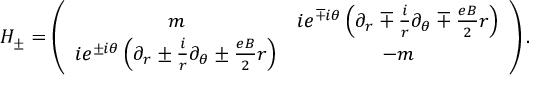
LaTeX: H _ { \pm } = \left( \begin{array} { c c } { { m } } & { { i e ^ { \mp i \theta } \left( \partial _ { r } \mp \frac { i } { r } \partial _ { \theta } \mp \frac { e B } { 2 } r \right) } } \\ { { i e ^ { \pm i \theta } \left( \partial _ { r } \pm \frac { i } { r } \partial _ { \theta } \pm \frac { e B } { 2 } r \right) } } & { { - m } } \end{array} \right) .